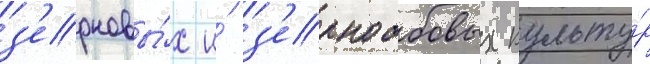
з'ерновы́х и́ з'ернобобовых культу́р